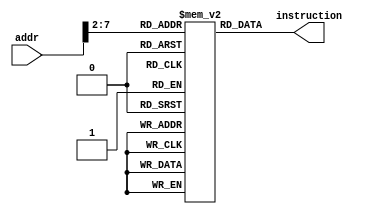
module InstMem(addr, instruction );

    // Define input, output, registers, and wires signal
    input  [ 7:0] addr;
    output wire [31:0] instruction;
    
    reg [31:0] memory [63:0];
    
    // The instruction code the RISC-V processor will execute
    initial begin
    memory[0] = 32'h00007033;   // and r0, r0, r0 32'h00000000
    memory[1] = 32'h00100093;   // addi r1, r0, 1 32'h00000001 
    memory[2] = 32'h00200113;   // addi r2, r0, 2 32'h00000002
    memory[3] = 32'h00308193;   // addi r3, r1, 3 32'h00000004 
    memory[4] = 32'h00408213;   // addi r4, r1, 4 32'h00000005
    memory[5] = 32'h00510293;   // addi r5, r2, 5 32'h00000007 
    memory[6] = 32'h00610313;   // addi r6, r2, 6 32'h00000008
    memory[7] = 32'h00718393;   // addi r7, r3, 7 32'h0000000B
    memory[8] = 32'h00208433;   // add r8, r1, r2 32'h00000003 
    memory[9] = 32'h404404B3;   // sub r9, r8, r4 32'hFFFFFFFF or 32'hFFFFFFFE
    memory[10] = 32'h00317533;  // and r10, r2, r3 32'h00000000
    memory[11] = 32'h0041E5B3;  // or r11, r3, r4 32'h00000005 
    memory[12] = 32'h0041A633;  // if r3 is less than r4 then r12 = 1 32'h00000001
    memory[13] = 32'h007346B3;  // nor r13, r6, r7 32'hFFFFFFF4
    memory[14] = 32'h4D34F713;  // andi r14, r9, "4D3" 32'h000004D2
    memory[15] = 32'h8D35E793;  // ori r15, r11, "8D3" 32'hFFFFF8D7
    memory[16] = 32'h4D26A813;  // if r13 is less than 32'h000004D2 then r16 = 1 32'h00000001 
    memory[17] = 32'h4D244893;  // nori r17, r8, "4D2" 32'hFFFFFB2C
    memory[18] = 32'h02B02823;  // sw r11, 48(r0) alu_result = 32'h00000030
    memory[19] = 32'h03002603;  // lw r12, 48(r0) alu_result = 32'h00000030 r12 = 32'h00000005
    end
    
    // Retriving the instruction code based on the PC count
    assign instruction = memory[addr[7:2]];

endmodule